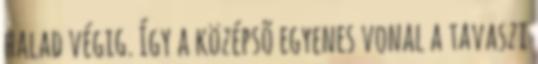
halad végig. Így a középsõ egyenes vonal a tavaszi